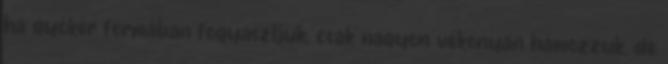
ha gyökér formában fogyasztjuk, csak nagyon vékonyan hámozzuk, de